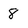
Character: 8